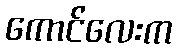
ကောင်လေးက